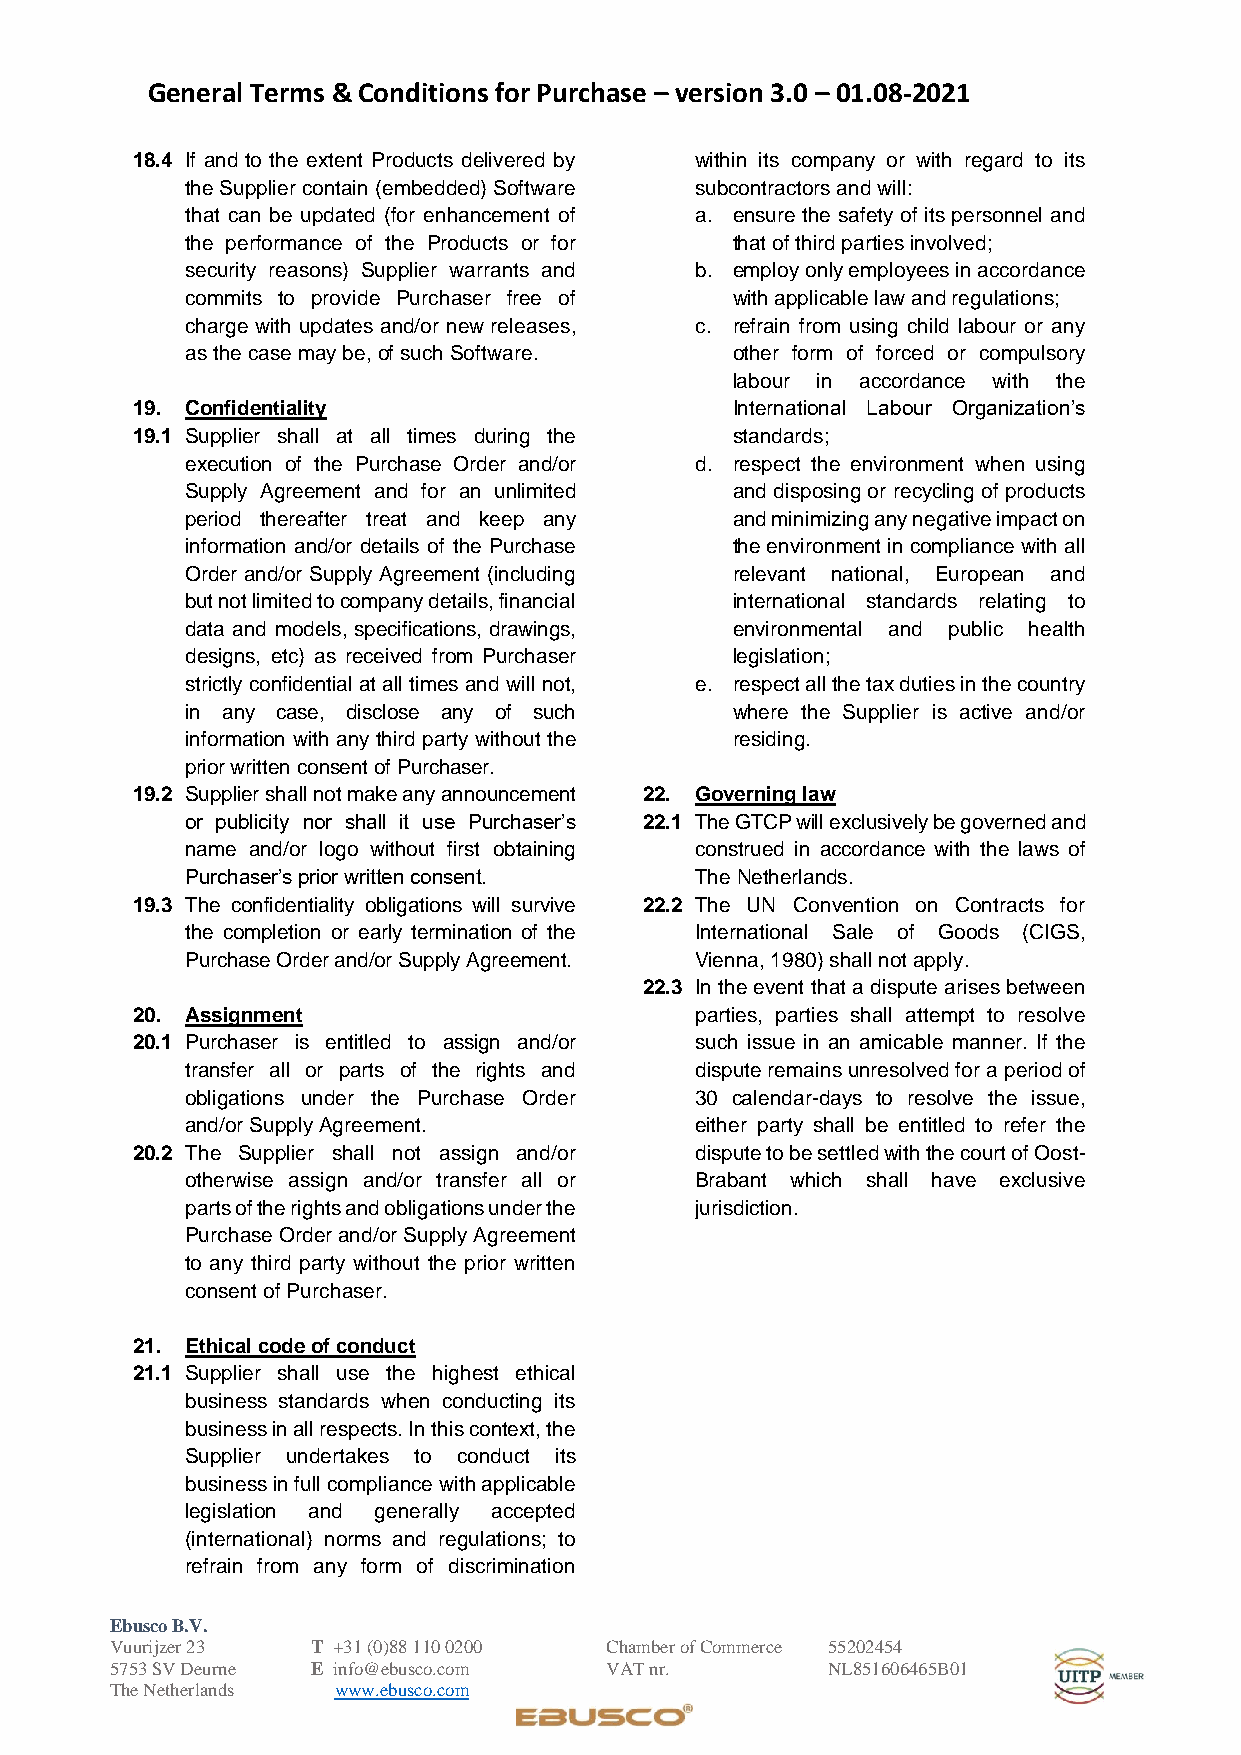
General Terms & Conditions for Purchase – version 3.0 – 01.08-2021
 18.4 If and to the extent Products delivered by within its company or with regard to its
 the Supplier contain (embedded) Software subcontractors and will:
 that can be updated (for enhancement of a. ensure the safety of its personnel and
 the performance of the Products or for that of third parties involved;
 security reasons) Supplier warrants and b. employ only employees in accordance
 commits to provide Purchaser free of with applicable law and regulations;
 charge with updates and/or new releases, c. refrain from using child labour or any
 as the case may be, of such Software. other form of forced or compulsory
 labour in accordance with the
 19. Confidentiality                    International Labour Organization’s
 19.1 Supplier shall at all times during the standards;
 execution of the Purchase Order and/or d. respect the environment when using
 Supply Agreement and for an unlimited and disposing or recycling of products
 period thereafter treat and keep any and minimizing any negative impact on
 information and/or details of the Purchase the environment in compliance with all
 Order and/or Supply Agreement (including relevant national, European and
 but not limited to company details, financial international standards relating to
 data and models, specifications, drawings, environmental and public health
 designs, etc) as received from Purchaser legislation;
 strictly confidential at all times and will not, e. respect all the tax duties in the country
 in any case, disclose any of such   where the Supplier is active and/or
 information with any third party without the residing.
 prior written consent of Purchaser.
 19.2 Supplier shall not make any announcement 22. Governing law
 or publicity nor shall it use Purchaser’s 22.1 The GTCP will exclusively be governed and
 name and/or logo without first obtaining construed in accordance with the laws of
 Purchaser’s prior written consent. The Netherlands.
 19.3 The confidentiality obligations will survive 22.2 The UN Convention on Contracts for
 the completion or early termination of the International Sale of Goods (CIGS,
 Purchase Order and/or Supply Agreement. Vienna, 1980) shall not apply.
 22.3 In the event that a dispute arises between
 20. Assignment                       parties, parties shall attempt to resolve
 20.1 Purchaser is entitled to assign and/or such issue in an amicable manner. If the
 transfer all or parts of the rights and dispute remains unresolved for a period of
 obligations under the Purchase Order 30 calendar-days to resolve the issue,
 and/or Supply Agreement.          either party shall be entitled to refer the
 20.2 The Supplier shall not assign and/or dispute to be settled with the court of Oost-
 otherwise assign and/or transfer all or Brabant which shall have exclusive
 parts of the rights and obligations under the jurisdiction.
 Purchase Order and/or Supply Agreement
 to any third party without the prior written
 consent of Purchaser.
 21. Ethical code of conduct
 21.1 Supplier shall use the highest ethical
 business standards when conducting its
 business in all respects. In this context, the
 Supplier undertakes to conduct its
 business in full compliance with applicable
 legislation and generally accepted
 (international) norms and regulations; to
 refrain from any form of discrimination
 Ebusco B.V.
 Vuurijzer 23  T +31 (0)88 110 0200 Chamber of Commerce 55202454
 5753 SV Deurne E info@ebusco.com VAT nr.        NL851606465B01
 The Netherlands www.ebusco.com